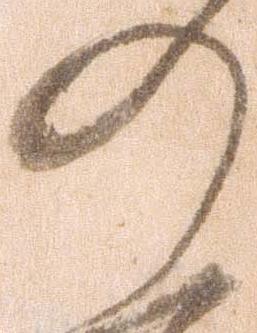
の